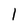
Character: l